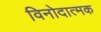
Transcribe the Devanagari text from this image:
विनोदात्मक